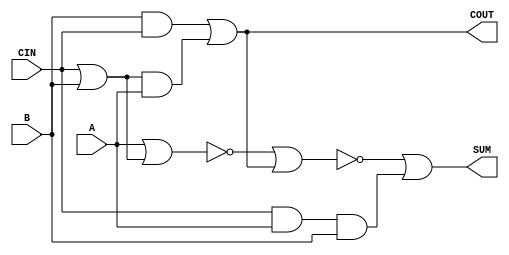
module sky130_fd_sc_ms__fa (
    COUT,
    SUM ,
    A   ,
    B   ,
    CIN
);

    // Module ports
    output COUT;
    output SUM ;
    input  A   ;
    input  B   ;
    input  CIN ;

    // Local signals
    wire or0_out     ;
    wire and0_out    ;
    wire and1_out    ;
    wire and2_out    ;
    wire nor0_out    ;
    wire nor1_out    ;
    wire or1_out_COUT;
    wire or2_out_SUM ;

    //  Name  Output        Other arguments
    or  or0  (or0_out     , CIN, B            );
    and and0 (and0_out    , or0_out, A        );
    and and1 (and1_out    , B, CIN            );
    or  or1  (or1_out_COUT, and1_out, and0_out);
    buf buf0 (COUT        , or1_out_COUT      );
    and and2 (and2_out    , CIN, A, B         );
    nor nor0 (nor0_out    , A, or0_out        );
    nor nor1 (nor1_out    , nor0_out, COUT    );
    or  or2  (or2_out_SUM , nor1_out, and2_out);
    buf buf1 (SUM         , or2_out_SUM       );

endmodule